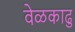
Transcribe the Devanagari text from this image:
वेळकाढु